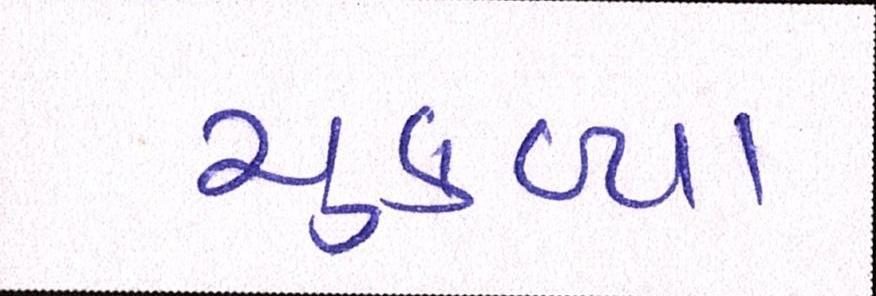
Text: ચુકવ્યા